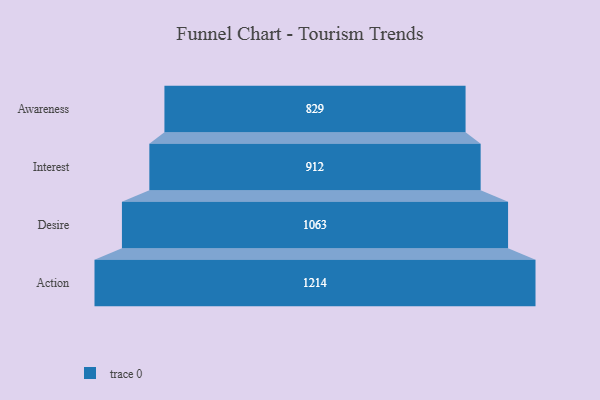
{"axis": {"x": "Stage", "y": "Value"}, "legend": [""], "data": [{"x": "Awareness", "y": 829.0, "type": ""}, {"x": "Interest", "y": 912.0, "type": ""}, {"x": "Desire", "y": 1063.0, "type": ""}, {"x": "Action", "y": 1214.0, "type": ""}]}